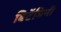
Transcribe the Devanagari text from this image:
बिटॅमिनी